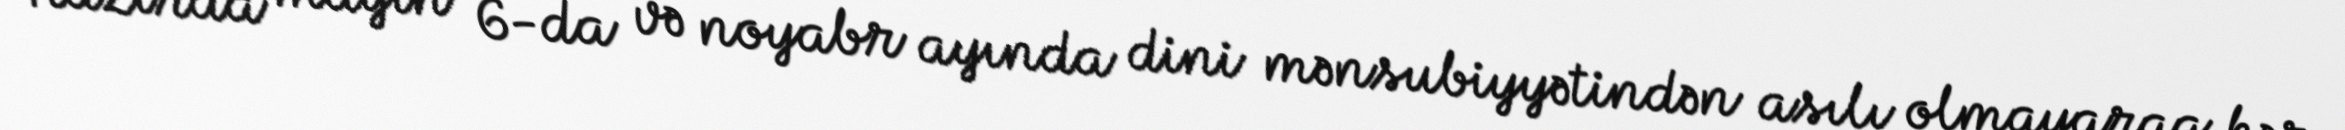
Hazırda mayın 6-da və noyabr ayında dini mənsubiyyətindən asılı olmayaraq hər